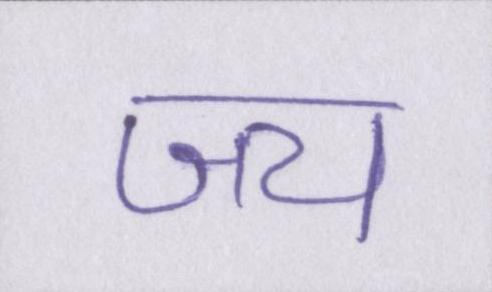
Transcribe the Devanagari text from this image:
जय